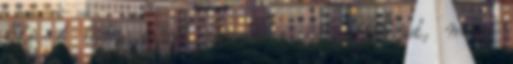
felé. A lány ismét beveti a hal effektust, mire